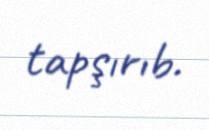
tapşırıb.